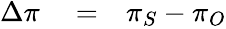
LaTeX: \begin{array}{rlr}{\Delta\pi}&{{}=}&{\pi_{S}-\pi_{O}}\end{array}